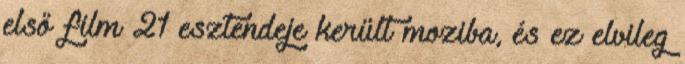
első film 21 esztendeje került moziba, és ez elvileg